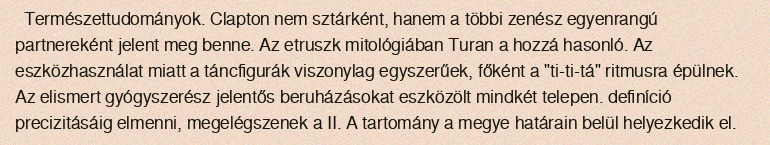
Természettudományok. Clapton nem sztárként, hanem a többi zenész egyenrangú partnereként jelent meg benne. Az etruszk mitológiában Turan a hozzá hasonló. Az eszközhasználat miatt a táncfigurák viszonylag egyszerűek, főként a "ti-ti-tá" ritmusra épülnek. Az elismert gyógyszerész jelentős beruházásokat eszközölt mindkét telepen. definíció precizitásáig elmenni, megelégszenek a II. A tartomány a megye határain belül helyezkedik el.